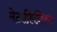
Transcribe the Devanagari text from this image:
मेटाफ़िज़िक्स